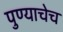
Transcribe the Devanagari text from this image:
पुण्याचेच